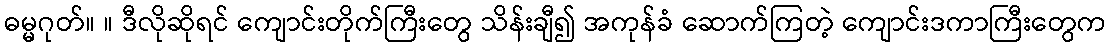
ဓမ္မဂုတ်။ ။ ဒီလိုဆိုရင် ကျောင်းတိုက်ကြီးတွေ သိန်းချီ၍ အကုန်ခံ ဆောက်ကြတဲ့ ကျောင်းဒကာကြီးတွေက